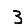
Digit: 3